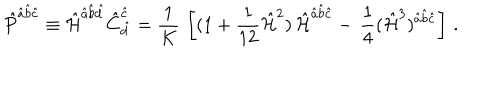
LaTeX: \hat { P } ^ { \hat { a } \hat { b } \hat { c } } \equiv \hat { \cal H } ^ { \hat { a } \hat { b } \hat { d } } \hat { C } _ { \hat { d } } ^ { \hat { c } } = { \frac { 1 } { K } } \, \left[ ( 1 + { \frac { 1 } { 1 2 } } \hat { { \cal H } } ^ { 2 } ) \, \hat { \cal H } ^ { \hat { a } \hat { b } \hat { c } } - \, { \frac { 1 } { 4 } } ( \hat { { \cal H } } ^ { 3 } ) ^ { \hat { a } \hat { b } \hat { c } } \right] \, .